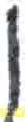
אות: ן